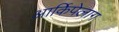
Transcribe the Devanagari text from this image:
आर्किपेलाग